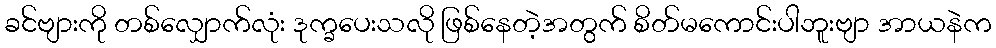
ခင်ဗျားကို တစ်လျှောက်လုံး ဒုက္ခပေးသလို ဖြစ်နေတဲ့အတွက် စိတ်မကောင်းပါဘူးဗျာ အာယနဲက